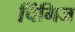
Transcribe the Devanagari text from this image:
चिंगिज